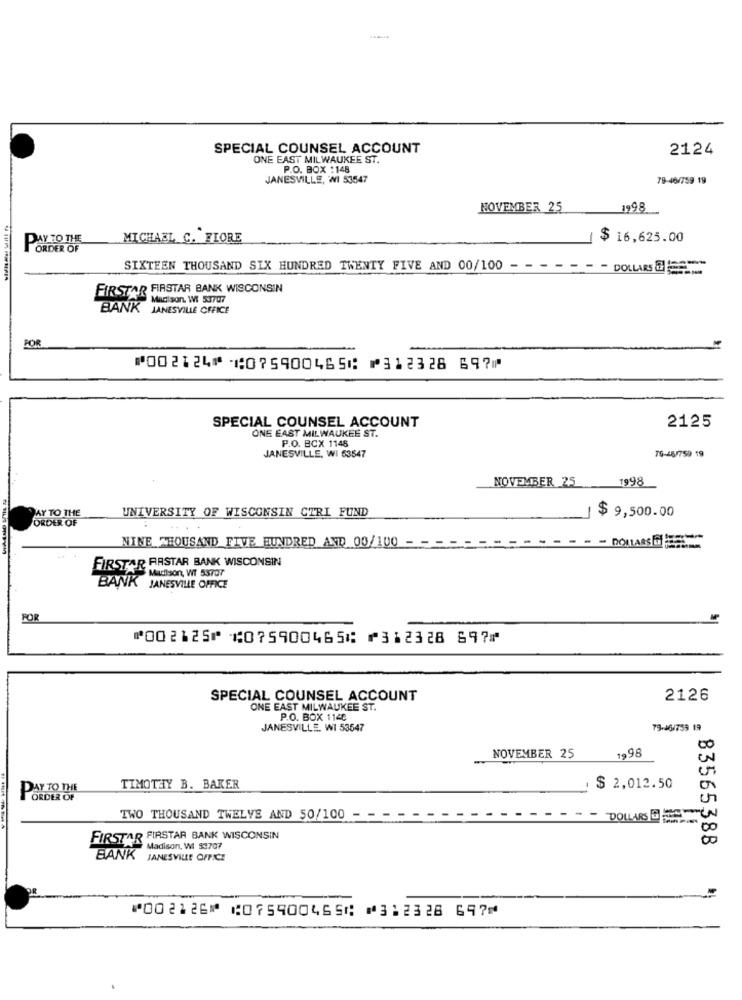
SPECIAL COUNSEL ACCOUNT
2124
ONE EAST MILWAUKEE ST.
P.O. BOX :148
JANESVILLE, WI 53547
79-46/759 19
NOVEMBER 25
1998
PAY TO THE
MICHAEL C. FIORE
$ 16,625.00
ORDER OF
SIXTEEN THOUSAND SIX HUNDRED TWENTY FIVE AND 00/100 - - - - - - - DOLLARS &
FIRSTAR FIRSTAR BANK WISCONSIN
Madison, WI 53707
BANK JANESVILLE OFFICE
POR
⑈002124⑈ ⑆075900465⑆ ⑈312328 697⑈
SPECIAL COUNSEL ACCOUNT
ONE EAST MILWAUKEE ST.
2125
P.O. BCX 1148
70-45/759 19
JANESVILLE, WI 63547
NOVEMBER 25
1998
PAY TO THE
UNIVERSITY OF WISCONSIN CTRL FUND
ORDER OF
$ 9,500.00
NINE THOUSAND FIVE HUNDRED AND 00/100 - --------
FIRSTARRASTAR BANK WISCONSIN
Madison, WI 53707
BANK JANESVILLE OFFICE
POR
⑈002125⑈ ⑆075900465⑆ ⑈312328 697⑈
SPECIAL COUNSEL ACCOUNT
2126
ONE EAST MILWAUKEE ST.
P.O. BOX 1148
JANESVILLE. WI 53547
79-46/759 19
1.98
NOVEMBER 25
PAY TO THE
TIMOTHY B. BAKER
$ 2,012.50
ORDER OF
TWO THOUSAND TWELVE AND 50/100 - -
DOLLARS DES
FIRSTAR FIRSTAR BANK WISCONSIN
83565388
Madison, WI 53707
BANK JANESVILLE OFFICE
⑈002126⑈ ⑆075900465⑆ ⑈312328 697⑈